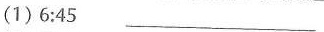
(1)6:45 ___